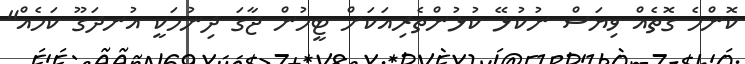
ކޮންމެ ގޮތެއް ވިޔަސް ނުކުޅޭ ކުޅުންތެރިއަކަށް ޓީމުން ޖާގަ ދިނުމަކީ އުނދަގޫ ކަމެއް"